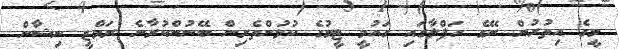
މީގެ އިތުރުން ރޭގެ ހަފްލާގައި ގައުމީ ޓީމުގެ ކުޅުންތެރިން ބޭނުންކުރާނެ ރަމްޒީ ނިޝާން